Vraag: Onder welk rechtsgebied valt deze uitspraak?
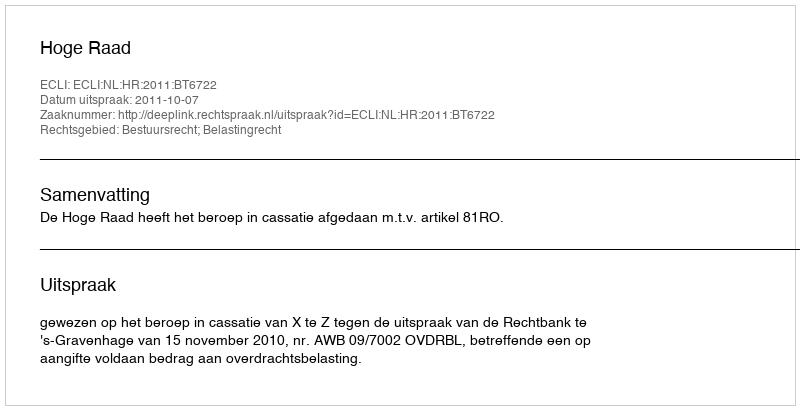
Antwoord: Bestuursrecht; Belastingrecht